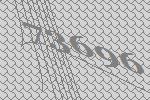
73696